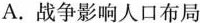
A.战争影响人口布局